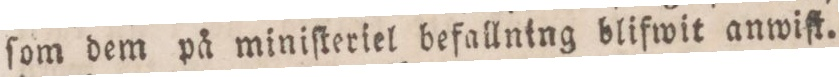
ſom dem på miniſteriel befallning blifwit anwiſt.